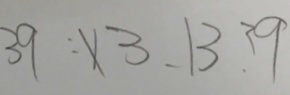
3 9 : x 3 . 1 3 . 3 9